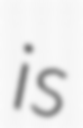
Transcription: is